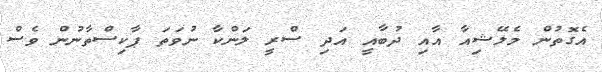
އެގޮތުން މެލޭޝިއާ އާއި ދުބާއީ އަދި ސްރީ ލަންކާ ނުވަތަ ޕާކިސްތާނުން ވެސް